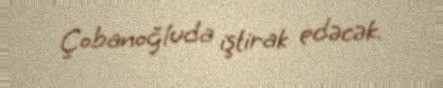
Çobanoğluda iştirak edəcək.